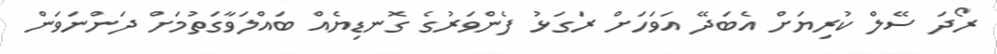
ރޯދަ ސޭލް ކުރިޔަށް އެބަދޭ އަވަހަށް ރަގަޅު ފެންވަރުގެ ގޮނޑިޔެއް ބައްލަވާގަތުމަށް ދަންނަވަން